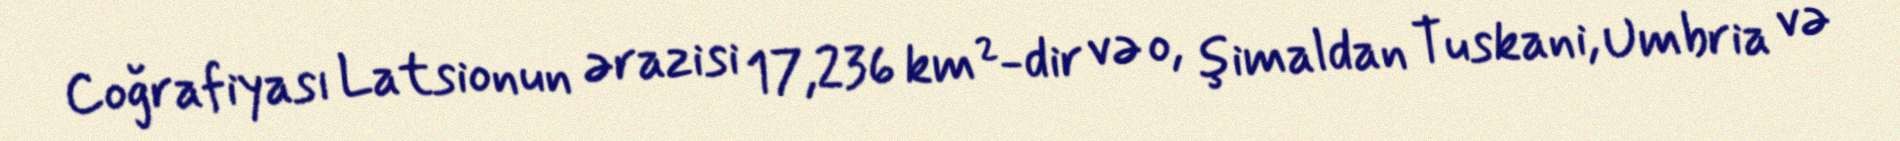
Coğrafiyası Latsionun ərazisi 17,236 km²-dir və o, şimaldan Tuskani, Umbria və